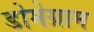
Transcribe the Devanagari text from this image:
डोमेग्राम